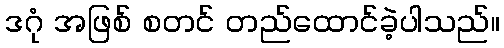
ဒဂုံ အဖြစ် စတင် တည်ထောင်ခဲ့ပါသည်။